Vaccination in Bombay 1863-1868 - 1863-1868
Year: 1863
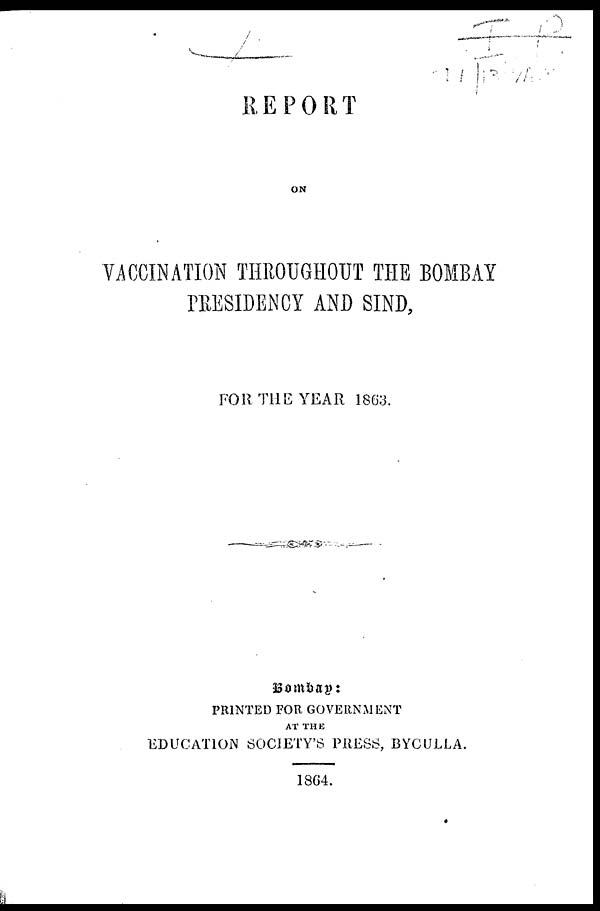
REPORT
ON
VACCINATION THROUGHOUT THE BOMBAY
PRESIDENCY AND SIND,
FOR THE YEAR 1863.
Bombay:
PRINTED FOR GOVERNMENT
AT THE
EDUCATION SOCIETY'S PRESS, BYCULLA.
1864.